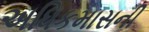
અધિકમાસની